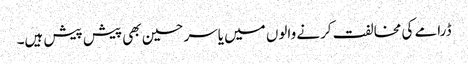
ڈرامے کی مخالفت کرنے والوں میں یاسر حسین بھی پیش پیش ہیں۔